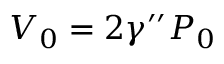
V _ { 0 } = 2 \gamma ^ { \prime \prime } P _ { 0 }